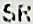
SR